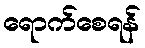
ရောက်စေရန်